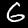
Label: 6